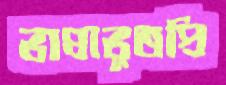
ভাষাভূতপ্রি